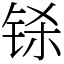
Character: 铩